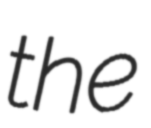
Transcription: the